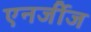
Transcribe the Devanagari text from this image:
एनर्जीज